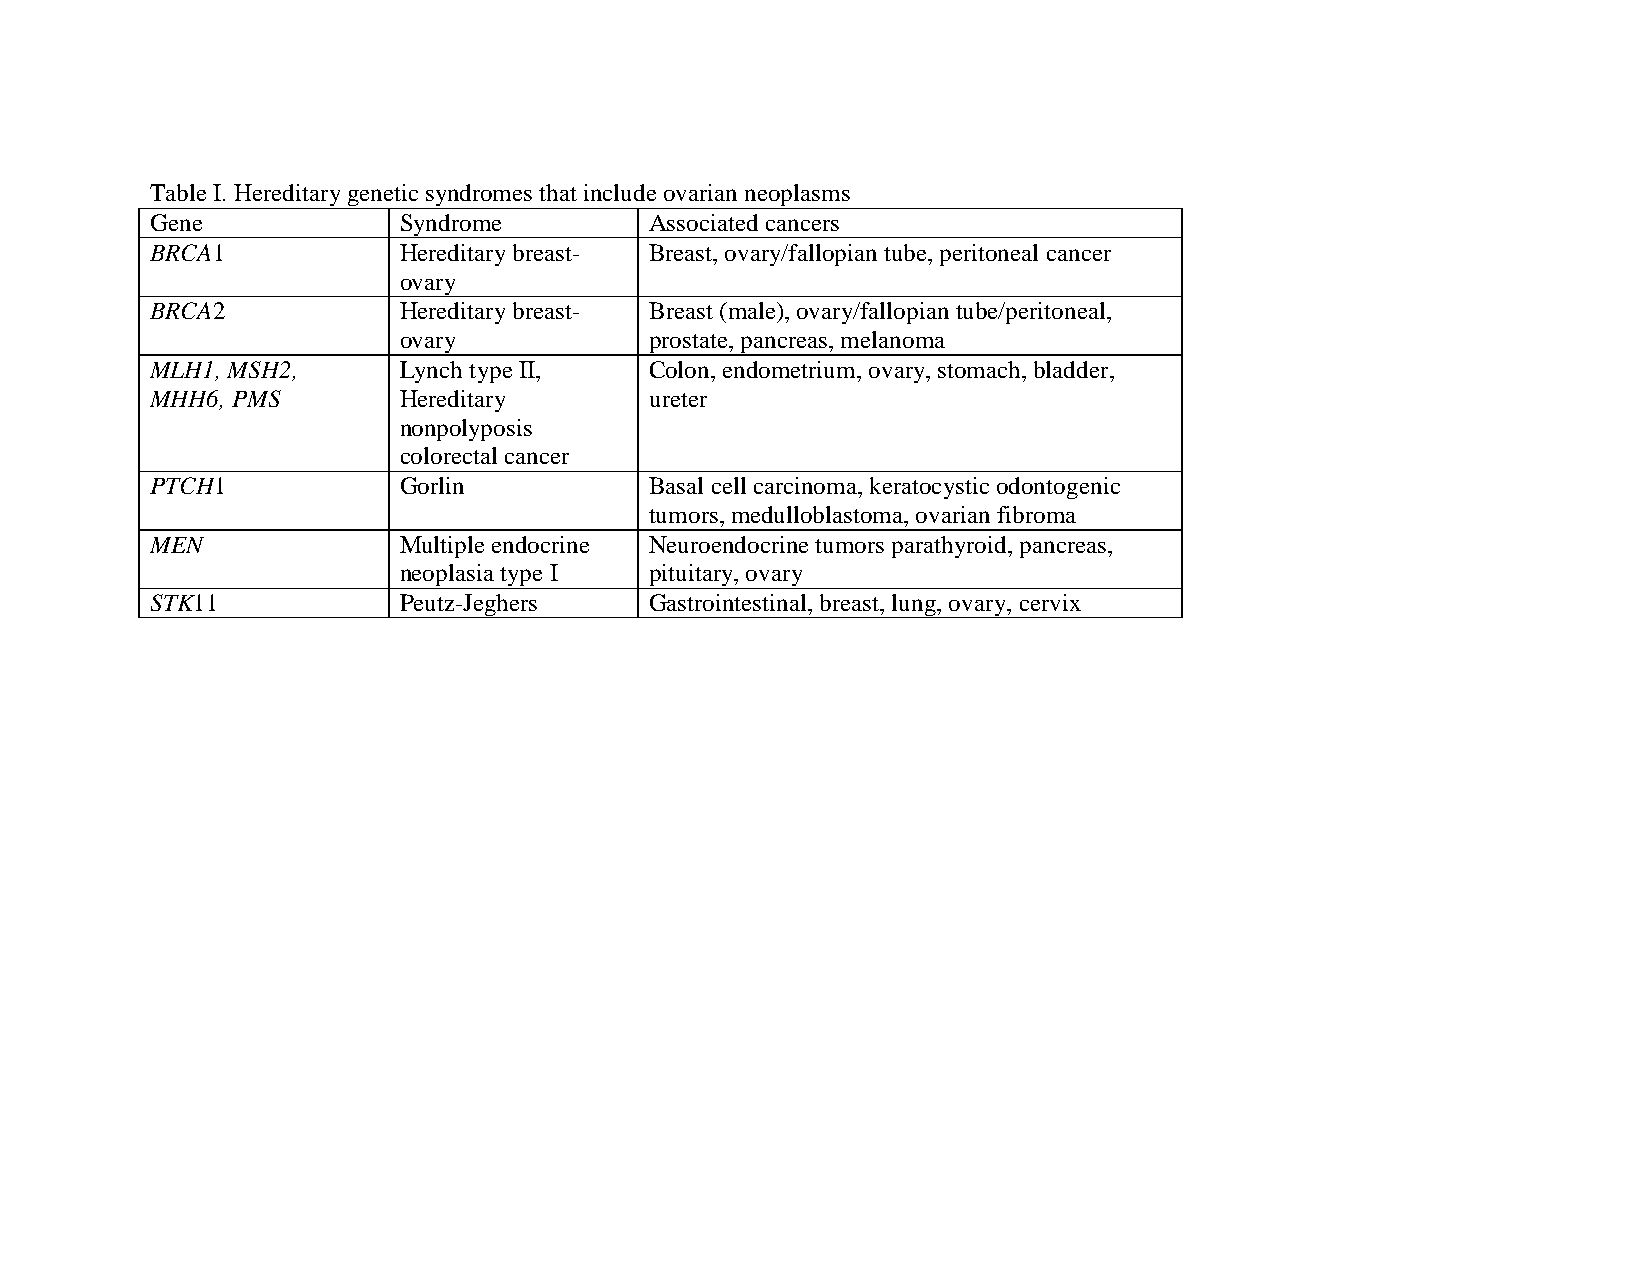
Table I. Hereditary genetic syndromes that include ovarian neoplasms
 Gene            Syndrome         Associated cancers
 BRCA1           Hereditary breast- Breast, ovary/fallopian tube, peritoneal cancer
 ovary
 BRCA2           Hereditary breast- Breast (male), ovary/fallopian tube/peritoneal,
 ovary            prostate, pancreas, melanoma
 MLH1, MSH2,     Lynch type II,   Colon, endometrium, ovary, stomach, bladder,
 MHH6, PMS       Hereditary       ureter
 nonpolyposis
 colorectal cancer
 PTCH1           Gorlin           Basal cell carcinoma, keratocystic odontogenic
 tumors, medulloblastoma, ovarian fibroma
 MEN             Multiple endocrine Neuroendocrine tumors parathyroid, pancreas,
 neoplasia type I pituitary, ovary
 STK11           Peutz-Jeghers    Gastrointestinal, breast, lung, ovary, cervix